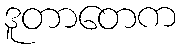
ဒူတာတေက